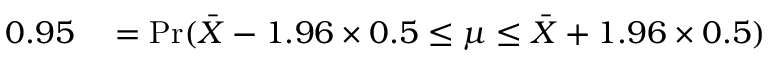
\begin{array} { r l } { 0 . 9 5 } & { { } = \operatorname* { P r } ( { \bar { X } } - 1 . 9 6 \times 0 . 5 \leq \mu \leq { \bar { X } } + 1 . 9 6 \times 0 . 5 ) } \end{array}